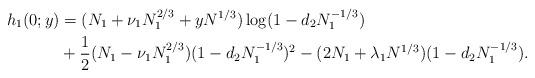
LaTeX: \begin{align*}h_1(0;y)&=(N_1+\nu_1N_1^{2/3}+yN^{1/3})\log(1-d_2N_1^{-1/3})\\&+\frac 12(N_1-\nu_1N_1^{2/3})(1-d_2N_1^{-1/3})^2-(2N_1+\lambda_1N^{1/3})(1-d_2N_1^{-1/3}).\end{align*}